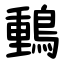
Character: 䳯